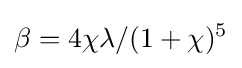
\beta =4\chi \lambda /(1+\chi )^{5}